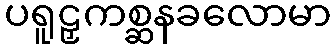
ပရူဠှကစ္ဆနခလောမာ